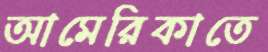
আমেরিকাতে